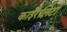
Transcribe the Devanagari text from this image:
काईरैलिटी